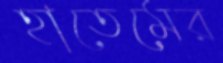
হাতেমের